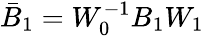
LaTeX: \bar{B}_{1}=W_{0}^{-1}B_{1}W_{1}